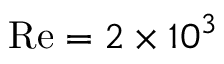
\mathrm { { R e } } = 2 \times 1 0 ^ { 3 }